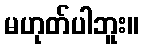
မဟုတ်ပါဘူး။